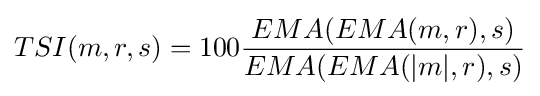
TSI(m,r,s)=100{\frac {EMA(EMA(m,r),s)}{EMA(EMA(|m|,r),s)}}